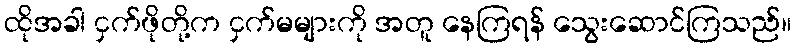
ထိုအခါ ငှက်ဖိုတို့က ငှက်မများကို အတူ နေကြရန် သွေးဆောင်ကြသည်။